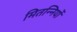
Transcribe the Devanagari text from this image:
मितन्नियों